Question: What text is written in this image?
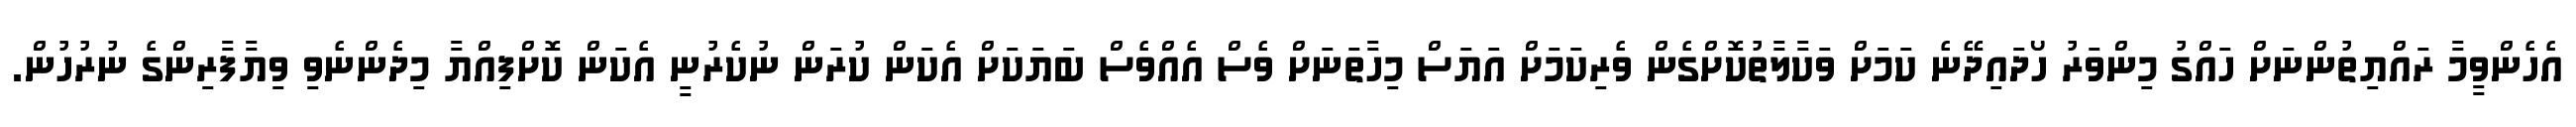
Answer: އެހެންވީމާ ރައްޔިތުންނަށް ހައްގު މިންވަރު ހޯދައިދޭނެ ކަމަށް ވަކާލާތުކޮށްގެން ވެރިކަމަށް އަޔަސް މިހާތަނަށް ވެސް އެއްވެސް ބަޔަކަށް އެކަން ކުރަން ނުކެރުނީ އެކަން ކޮށްފިއްޔާ މިދެންނެވި ވިޔާފާރިންގެ ނުރުހުން.